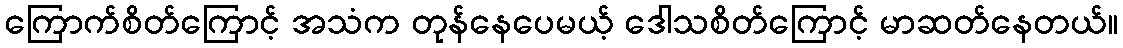
ကြောက်စိတ်ကြောင့် အသံက တုန်နေပေမယ့် ဒေါသစိတ်ကြောင့် မာဆတ်နေတယ်။